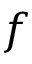
f